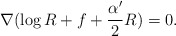
\begin{align*}\nabla(\log R+f+\frac{\alpha'}{2}R)=0.\end{align*}